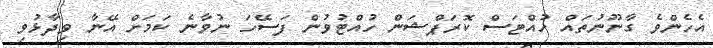
އެހެންވެ ގާނޫނުތައް ހުއްޓަސް ކޮރަޕްޝަން ހުއްޓުވުން ފަސޭހަ ނުވާނެ ކަމަށް އޭނާ ވިދާޅުވި